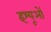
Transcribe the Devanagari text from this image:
इश्यूओं